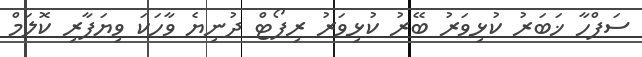
ސަފްހާ ޚަބަރު ކުޅިވަރު ބޭރު ކުޅިވަރު ރިޕޯޓް ދުނިޔެ ވާހަކަ ވިޔަފާރި ކޮލަމް